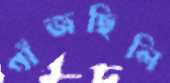
গাঁজছিলি